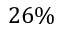
2 6 \%